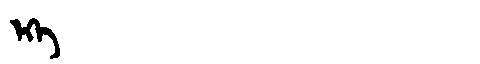
Manchu: ᡝᡴᡝ
Romanization: EKE